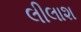
લીલાશ